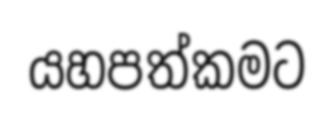
යහපත්කමට